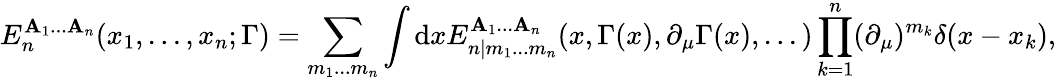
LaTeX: E_{n}^{\mathbf{A}_{1}...\mathbf{A}_{n}}(x_{1},...,x_{n};\Gamma)=\sum_{m_{1}...m_{n}}\int\mathrm{d}xE_{n|m_{1}...m_{n}}^{\mathbf{A}_{1}...\mathbf{A}_{n}}(x,\Gamma(x),\partial_{\mu}\Gamma(x),...)\prod_{k=1}^{n}(\partial_{\mu})^{m_{k}}\delta(x-x_{k}),